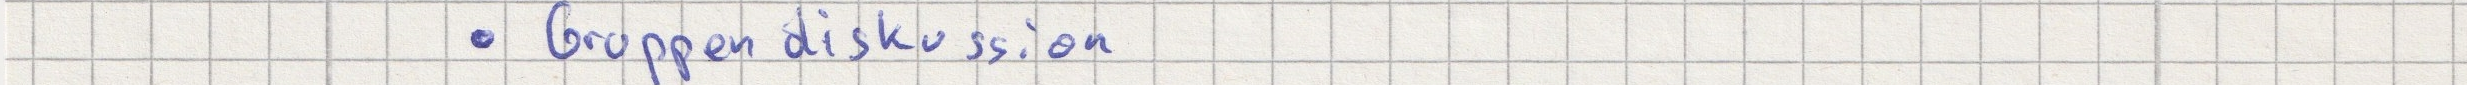
- Gruppendiskussion